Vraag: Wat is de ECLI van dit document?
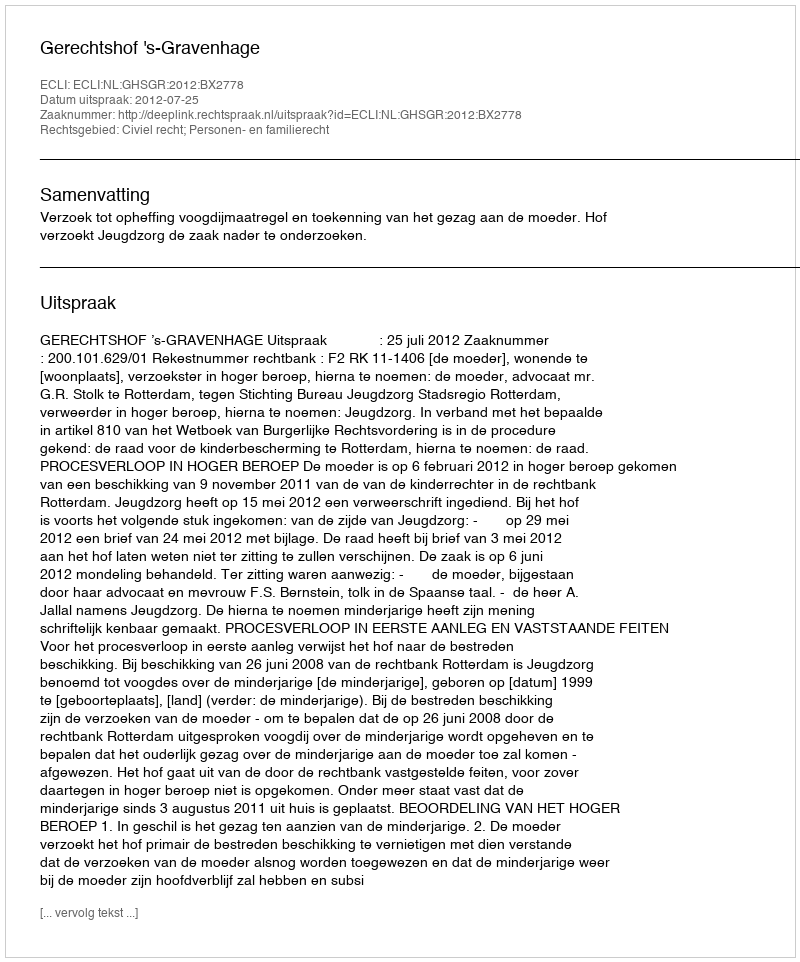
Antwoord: ECLI:NL:GHSGR:2012:BX2778